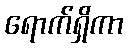
ရောက်ရှိကာ